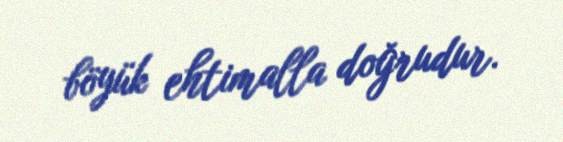
böyük ehtimalla doğrudur.